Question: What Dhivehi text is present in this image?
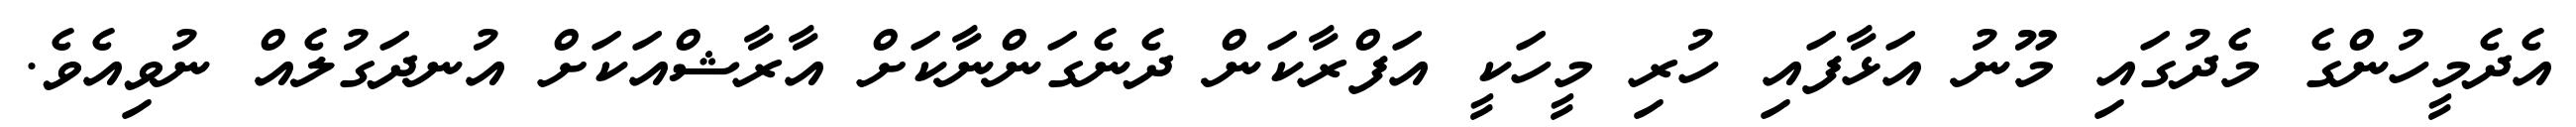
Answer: އެދެމީހުންގެ މެދުގައި މޫނު އަޅާފައި ހުރި މީހަކީ އަފްރާކަން ދެނެގަންނާކަށް އާރާޝްއަކަށް އުނދަގުލެއް ނުވިއެވެ.